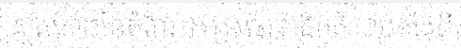
ស្ថិតរភាពនៃតំណែងប្រធានាធិបតី ចាប់តាំងពី